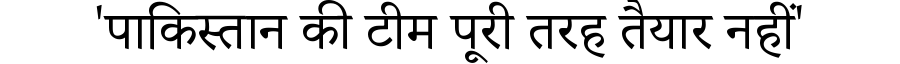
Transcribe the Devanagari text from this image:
'पाकिस्तान की टीम पूरी तरह तैयार नहीं'